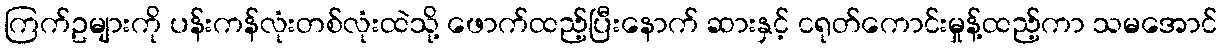
ကြက်ဥများကို ပန်းကန်လုံးတစ်လုံးထဲသို့ ဖောက်ထည့်ပြီးနောက် ဆားနှင့် ငရုတ်ကောင်းမှုန့်ထည့်ကာ သမအောင်